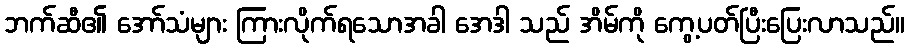
ဘက်ဆီ၏ အော်သံများ ကြားလိုက်ရသောအခါ အေဒါ သည် အိမ်ကို ကွေ့ပတ်ပြီးပြေးလာသည်။